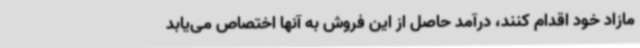
مازاد خود اقدام کنند، درآمد حاصل از این فروش به آنها اختصاص می‌یابد